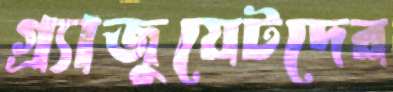
গ্র্যাজুয়েটদের